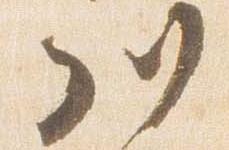
川